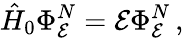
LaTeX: \hat{H}_{0}\Phi_{\mathcal E}^{N}={\mathcal E}\Phi_{\mathcal E}^{N}\, ,